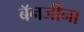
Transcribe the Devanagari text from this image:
बॅनर्जींना